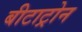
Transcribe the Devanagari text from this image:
बीटाट्रोन